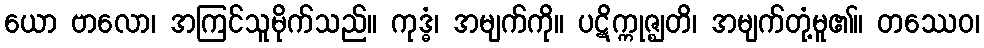
ယော ဗာလော၊ အကြင်သူမိုက်သည်။ ကုဒ္ဓံ၊ အမျက်ကို။ ပဋိက္ကုဇ္ဈတိ၊ အမျက်တုံ့မူ၏။ တဿေဝ၊